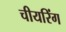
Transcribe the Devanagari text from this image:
चीयरिंग